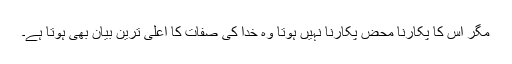
مگر اس کا پکارنا محض پکارنا نہیں ہوتا وہ خدا کی صفات کا اعلیٰ ترین بیان بھی ہوتا ہے۔